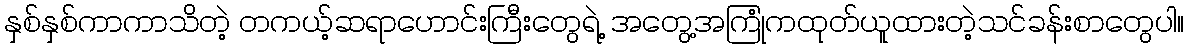
နှစ်နှစ်ကာကာသိတဲ့ တကယ့်ဆရာဟောင်းကြီးတွေရဲ့ အတွေ့အကြုံကထုတ်ယူထားတဲ့သင်ခန်းစာတွေပါ။